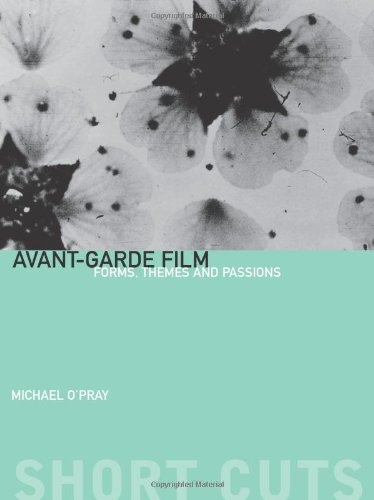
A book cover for Avant-Garde Film: Forms, Themes and Passions (Short Cuts); Michael O'Pray; Humor & Entertainment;